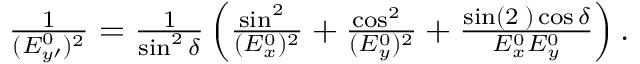
\begin{array} { r } { \frac { 1 } { ( E _ { y \prime } ^ { 0 } ) ^ { 2 } } = \frac { 1 } { \sin ^ { 2 } \delta } \left( \frac { \sin ^ { 2 } { \it \Psi } } { ( E _ { x } ^ { 0 } ) ^ { 2 } } + \frac { \cos ^ { 2 } { \it \Psi } } { ( E _ { y } ^ { 0 } ) ^ { 2 } } + \frac { \sin ( 2 { \it \Psi } ) \cos \delta } { E _ { x } ^ { 0 } E _ { y } ^ { 0 } } \right) . } \end{array}